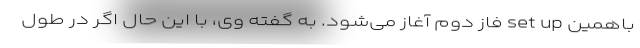
باهمین set up فاز دوم آغاز می‌شود. به گفته وی، با این حال اگر در طول